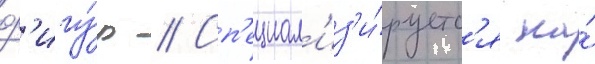
ф'игу́р // Сп'ециал'из'и́руетс'я на́